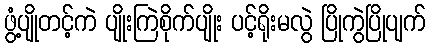
ဖွံ့ပျိုတင့်ကဲ ပျိုးကြဲစိုက်ပျိုး ပင့်ရိုးမလွဲ ပြိုကွဲပြိုပျက်